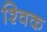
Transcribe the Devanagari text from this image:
श्विक